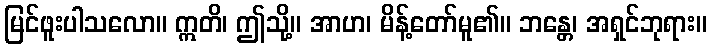
မြင်ဖူးပါသလော။ ဣတိ၊ ဤသို့။ အာဟ၊ မိန့်တော်မူ၏။ ဘန္တေ၊ အရှင်ဘုရား။